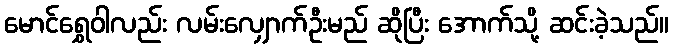
မောင်ရွှေဝါလည်း လမ်းလျှောက်ဦးမည် ဆိုပြီး အောက်သို့ ဆင်းခဲ့သည်။